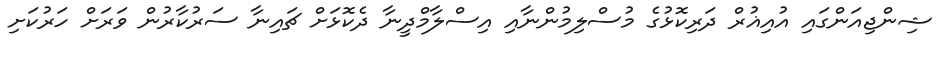
ޝިންޖިއަންގައި އުއިޣުރް ދަރިކޮޅުގެ މުސްލިމުންނާއި އިސްލާމްދީނާ ދެކޮޅަށް ޗައިނާ ސަރުކާރުން ވަރަށް ހަރުކަށި